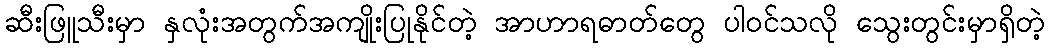
ဆီးဖြူသီးမှာ နှလုံးအတွက်အကျိုးပြုနိုင်တဲ့ အာဟာရဓာတ်တွေ ပါဝင်သလို သွေးတွင်းမှာရှိတဲ့